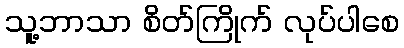
သူ့ဘာသာ စိတ်ကြိုက် လုပ်ပါစေ